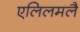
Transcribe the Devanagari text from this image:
एलिलमलै